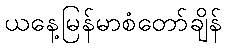
ယနေ့မြန်မာစံတော်ချိန်